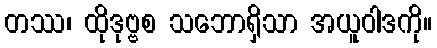
တဿ၊ ထိုဒုဗ္ဗစ သဘောရှိသာ အယူဝါဒကို။